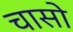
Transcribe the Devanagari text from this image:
चासो